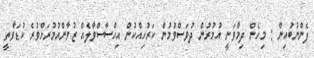
ފެންނުބުއިން : މިހެން ދިމާވަނީ އުމުރުން ދުވަސްވުމުން ކަރުހިއްކުން އިހްސާސްވާލެއް ޒުވާންއުމުރަށްވުރެ ކުޑަވާތީ